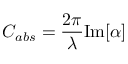
C _ { a b s } = { \frac { 2 \pi } { \lambda } } { \mathrm { I m } } [ \alpha ]